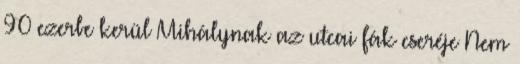
90 ezerbe kerül Mihálynak az utcai fák cseréje Nem